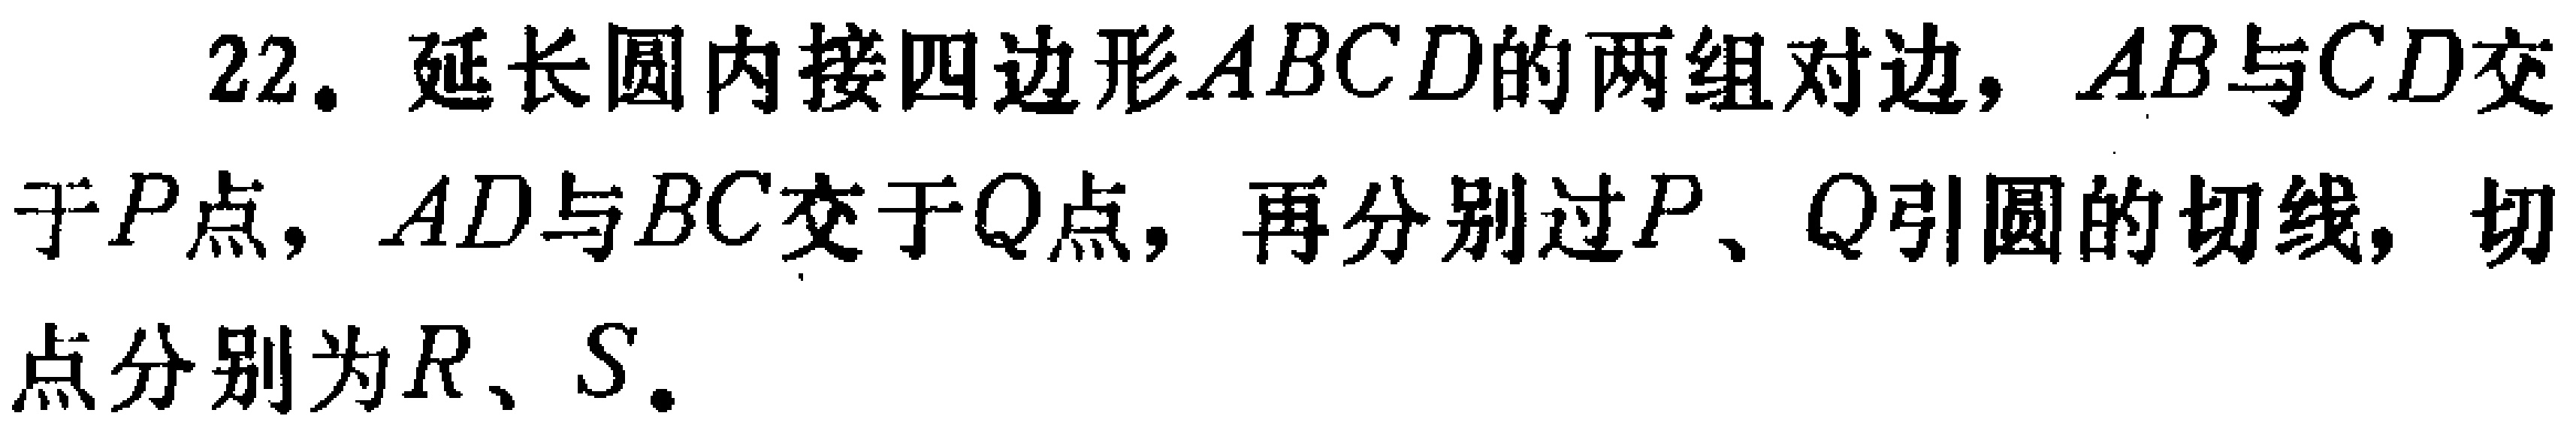
22. 延长圆内接四边形\(ABCD\)的两组对边，\(AB\)与\(CD\)交于\(P\)点，\(AD\)与\(BC\)交于\(Q\)点，再分别过\(P\)、\(Q\)引圆的切线，切点分别为\(R\)、\(S\)。